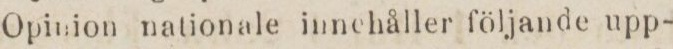
Opinion nationale innehåller följande upp-